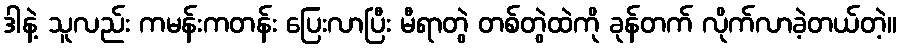
ဒါနဲ့ သူလည်း ကမန်းကတန်း ပြေးလာပြီး မီရာတွဲ တစ်တွဲထဲကို ခုန်တက် လိုက်လာခဲ့တယ်တဲ့။